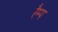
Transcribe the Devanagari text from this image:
रैम्‍प